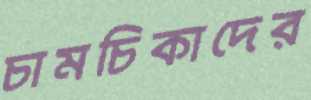
চামচিকাদের